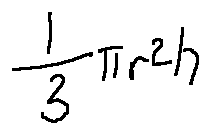
\frac { 1 } { 3 } \pi r ^ { 2 } h